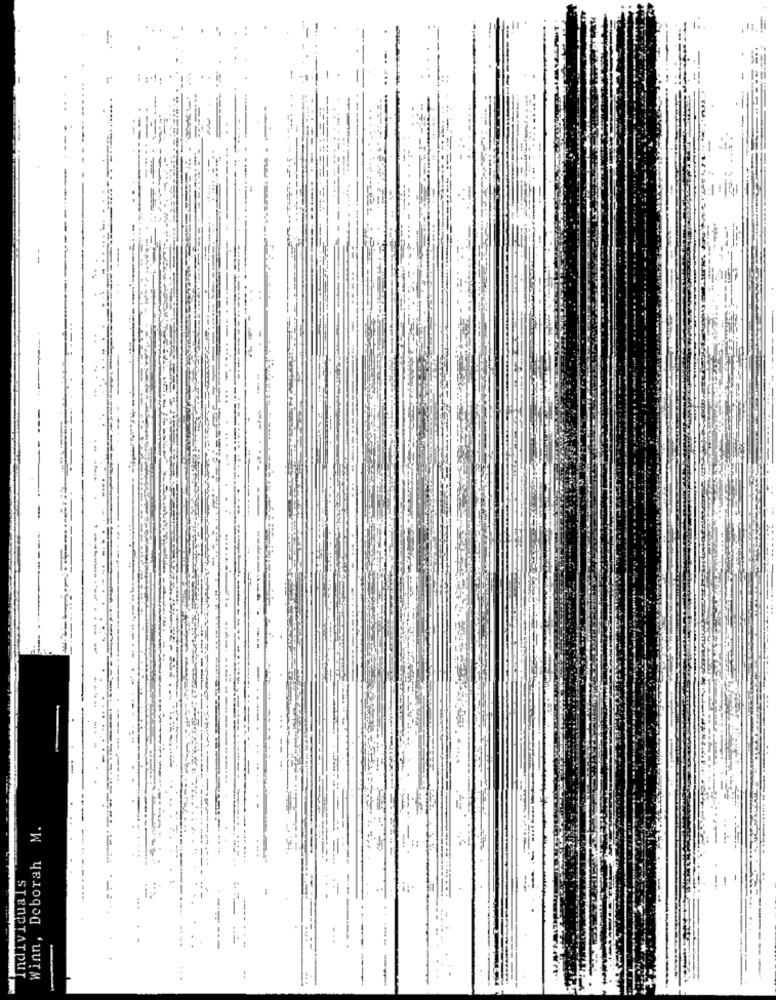
M.
Winn, Deborah
...
STENDTATOUT